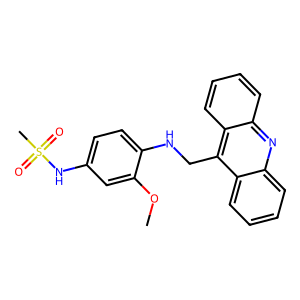
SMILES: COc1cc(NS(C)(=O)=O)ccc1NCc1c2ccccc2nc2ccccc12
Inhibits HIV replication: No